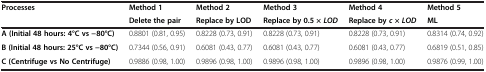
<table><thead><tr><td rowspan="2"><b>Processes</b></td><td><b>Method 1</b></td><td><b>Method 2</b></td><td><b>Method 3</b></td><td><b>Method 4</b></td><td><b>Method 5</b></td></tr><tr><td><b>Delete the pair</b></td><td><b>Replace by LOD</b></td><td><b>Replace by 0.5 × <i>LOD</i></b></td><td><b>Replace by <i>c </i>× <i>LOD</i></b></td><td><b>ML</b></td></tr></thead><tbody><tr><td><b>A (Initial 48 hours: 4°C vs −80°C)</b></td><td>0.8801 (0.81, 0.95)</td><td>0.8228 (0.73, 0.91)</td><td>0.8228 (0.73, 0.91)</td><td>0.8228 (0.73, 0.91)</td><td>0.8314 (0.74, 0.92)</td></tr><tr><td><b>B (Initial 48 hours: 25°C vs −80°C)</b></td><td>0.7344 (0.56, 0.91)</td><td>0.6081 (0.43, 0.77)</td><td>0.6081 (0.43, 0.77)</td><td>0.6081 (0.43, 0.77)</td><td>0.6819 (0.51, 0.85)</td></tr><tr><td><b>C (Centrifuge vs No Centrifuge)</b></td><td>0.9886 (0.98, 1.00)</td><td>0.9896 (0.98, 1.00)</td><td>0.9896 (0.98, 1.00)</td><td>0.9896 (0.98, 1.00)</td><td>0.9876 (0.99, 1.00)</td></tr></tbody></table>